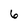
Character: 6